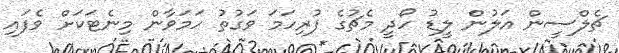
ޗެލްސީން އަލުން ލީޑު ހޯދީ މެޗުގެ ފުރިހަމަ ވަގުތު ހަމަވާން މިނެޓަކަށް ވެފައި